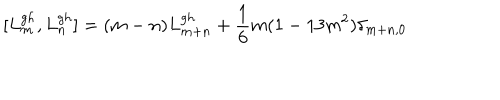
[ L _ { m } ^ { g h } , L _ { n } ^ { g h } ] = ( m - n ) L _ { m + n } ^ { g h } + \frac { 1 } { 6 } m ( 1 - 1 3 m ^ { 2 } ) \delta _ { m + n , 0 }